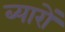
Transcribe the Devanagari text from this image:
ब्यारों